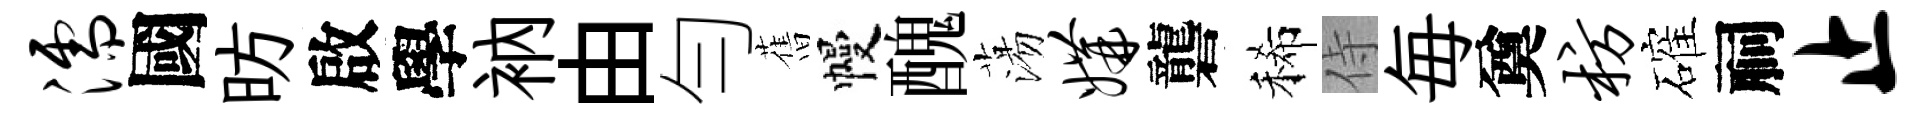
濡國昉啟學衲由勻𦾔幔醜蕩媾礱稀侍毎奠枋確祠止